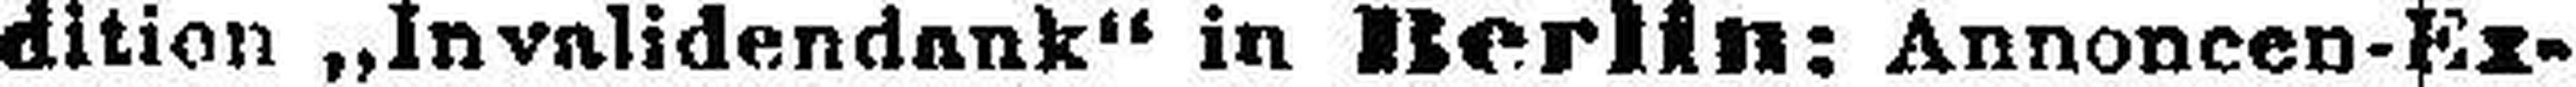
dition „Invalidendank“ in Berlin: Annoncen-Ex¬